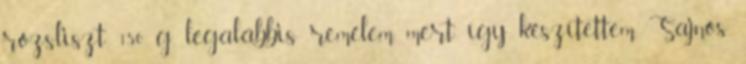
rozsliszt 150 g, legalábbis remélem, mert így készítettem. Sajnos